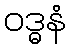
ဝဒ္ဓနံ